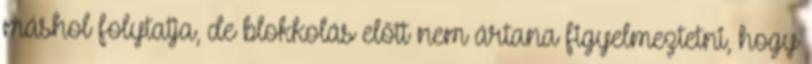
máshol folytatja, de blokkolás előtt nem ártana figyelmeztetni, hogy